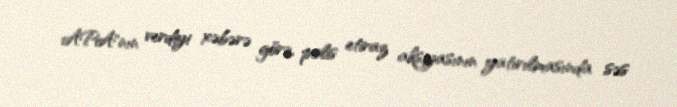
APA"nın verdiyi xəbərə görə, polis etiraz aksiyasının yatırılmasında səs